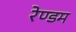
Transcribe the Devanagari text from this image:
रेण्डम